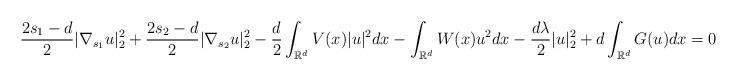
LaTeX: \begin{align*}\frac{2s_1-d}{2}|\nabla_{s_{1}}u|_{2}^{2}+\frac{2s_2-d}{2}|\nabla_{s_{2}}u|_{2}^{2}-\frac{d}{2}\int_{\mathbb{R}^{d}}V(x)|u|^{2}dx-\int_{\mathbb{R}^{d}}W(x)u^{2}dx-\frac{d\lambda}{2}|u|_{2}^{2}+d\int_{\mathbb{R}^{d}}G(u)dx=0. \end{align*}